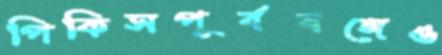
পিকিসপূর্ববঙ্গেও